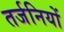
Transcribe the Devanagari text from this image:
तर्जनियों